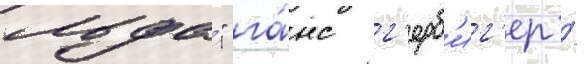
льда́" га́нс г'ерб'иг'ер /